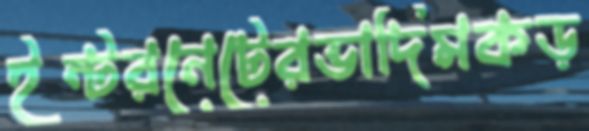
ইন্টরনেটেরভাদিমকড়